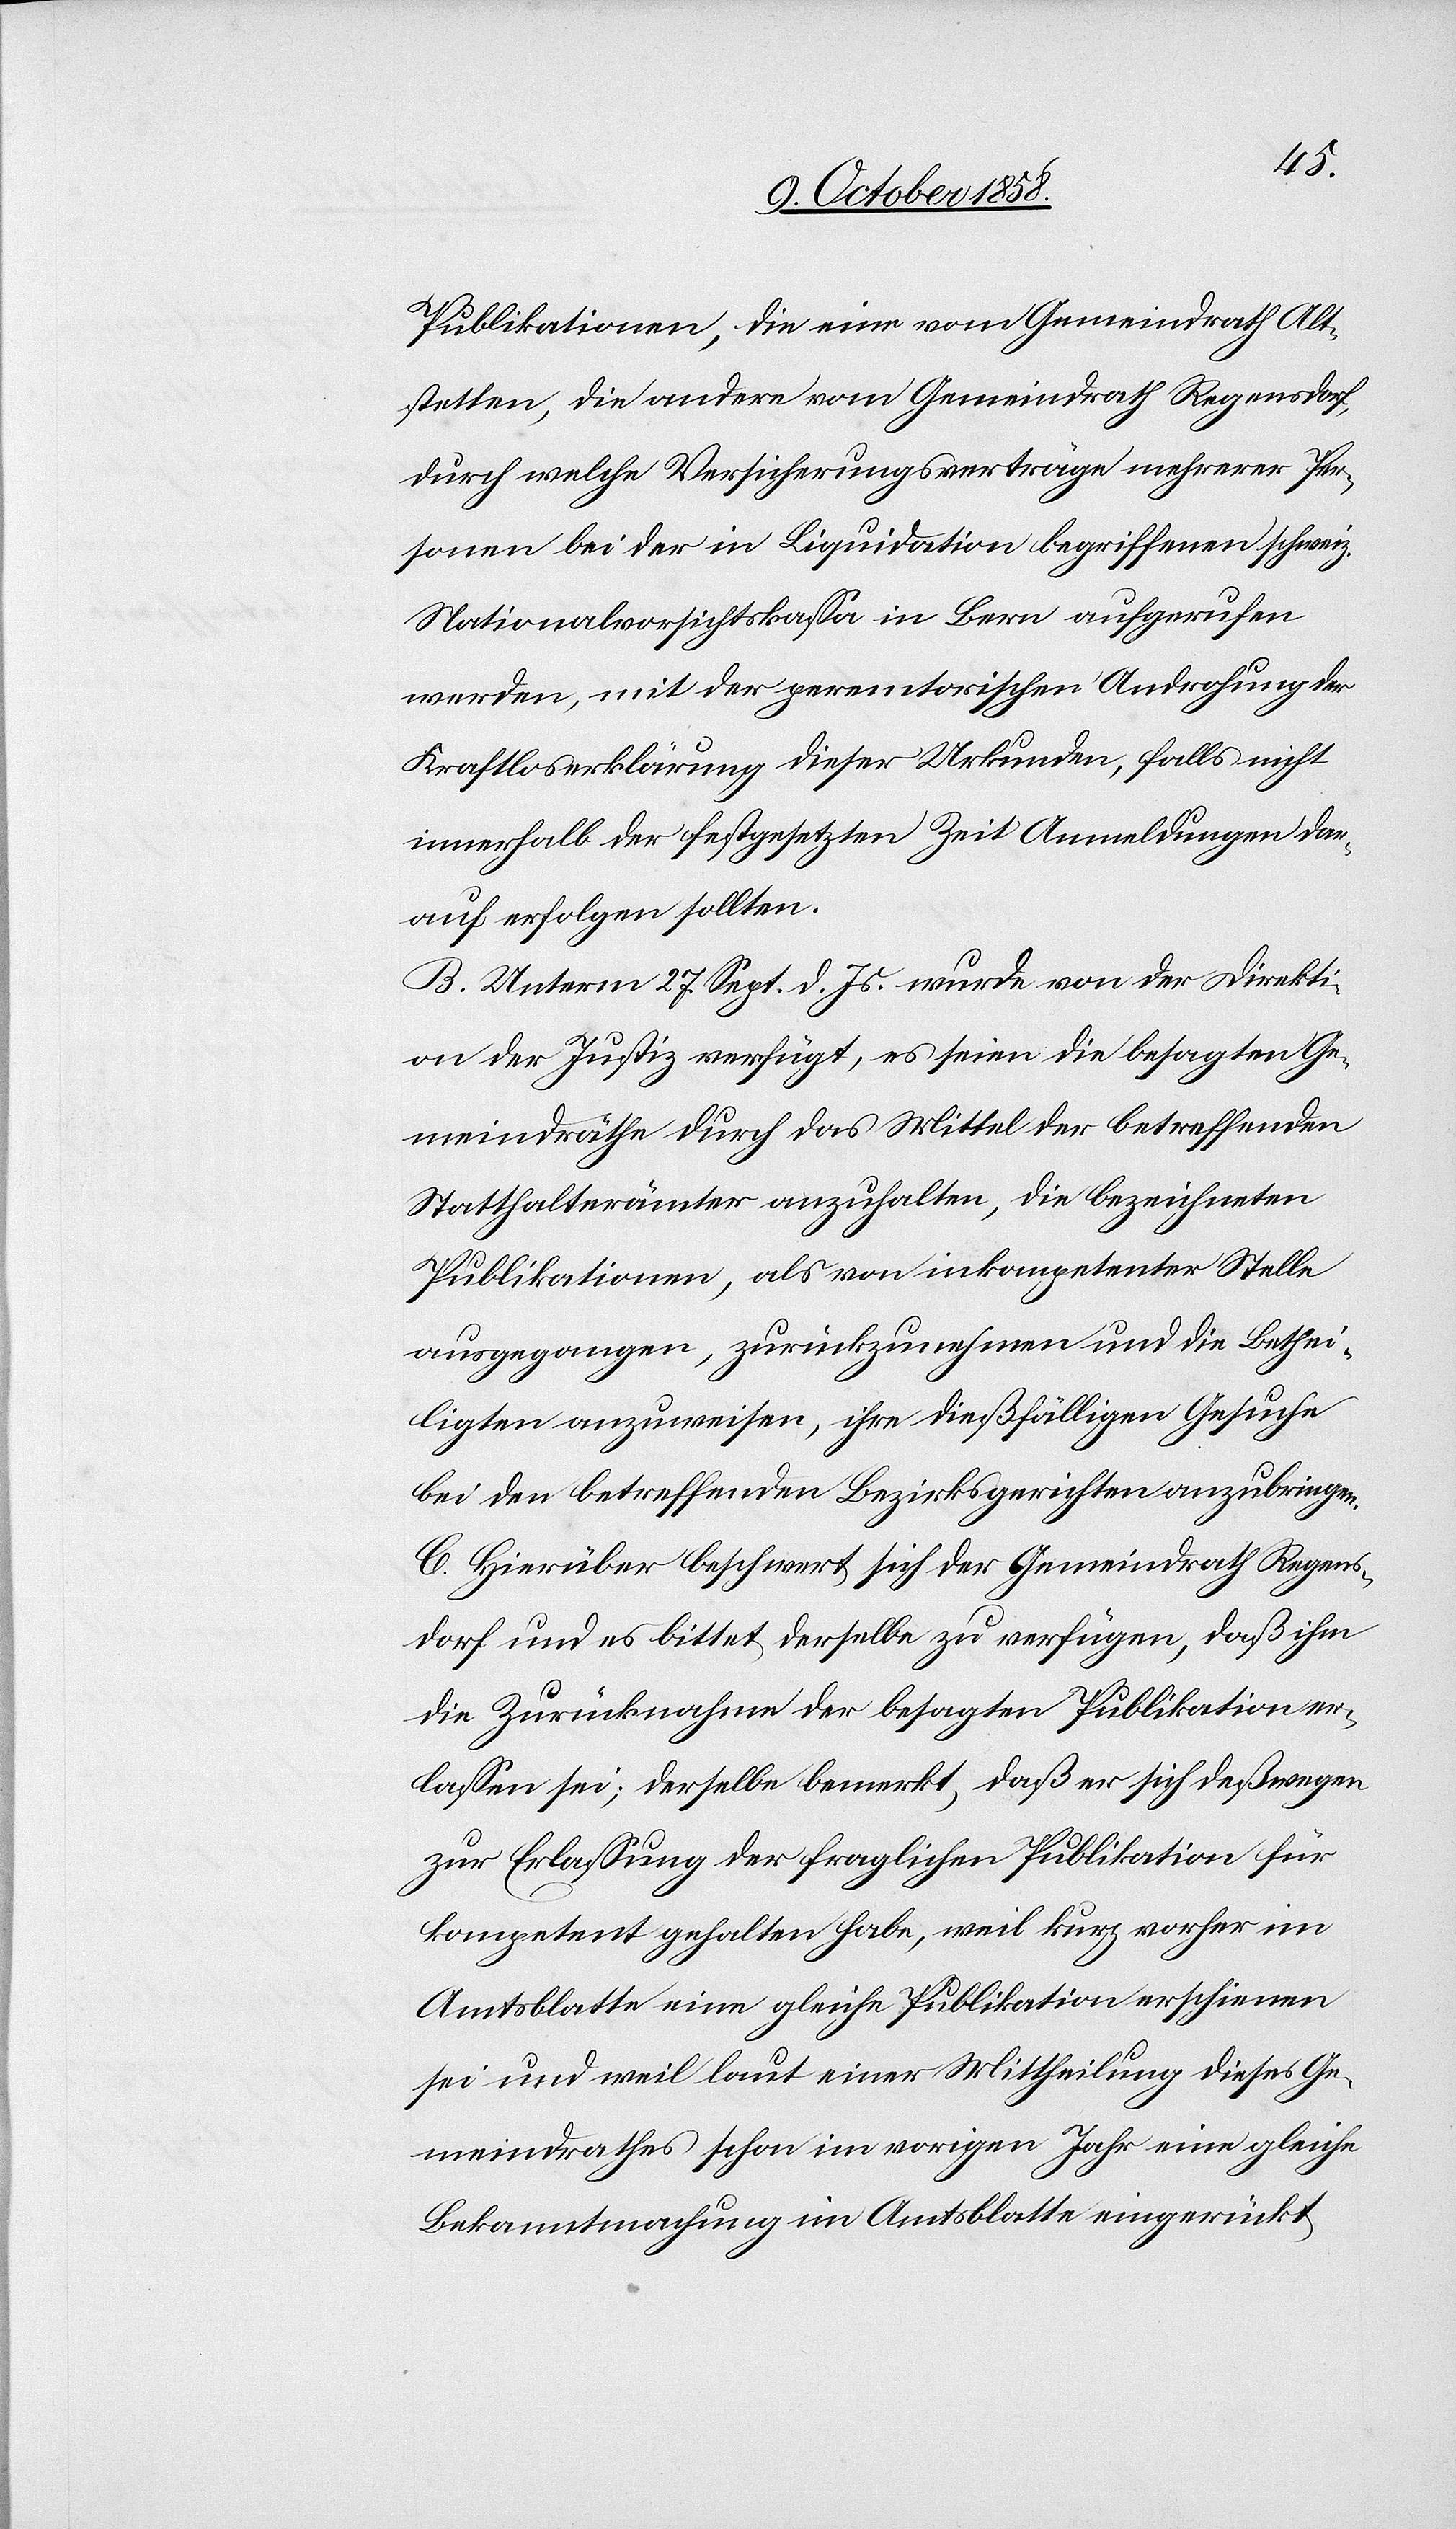
Publikationen, die eine vom Gemeindrath Alt¬
stetten, die andere vom Gemeindrath Regensdorf,
durch welche Versicherungsverträge mehrerer Per¬
sonen bei der in Liquidation begriffenen schweiz.
Nationalvorsichtskassa in Bern aufgerufen
werden, mit der peremtorischen Androhung der
Kraftloserklärung dieser Urkunden, falls nicht
innerhalb der festgesetzten Zeit Anmeldungen dar¬
auf erfolgen sollten.
B. Unterm 27. Sept. d. Js. wurde von der Direkti¬
on der Justiz verfügt, es seien die besagten Ge¬
meindräthe durch das Mittel der betreffenden
Statthalterämter anzuhalten, die bezeichneten
Publikationen, als von inkompetenter Stelle
ausgegangen, zurückzunehmen und die Bethei¬
ligten anzuweisen, ihre dießfälligen Gesuche
bei den betreffenden Bezirksgerichten anzubringen.
C. Hierüber beschwert sich der Gemeindrath Regens¬
dorf und es bittet derselbe zu verfügen, daß ihm
die Zurücknahme der besagten Publikation er¬
lassen sei; derselbe bemerkt, daß er sich deßwegen
zur Erlassung der fraglichen Publikation für
kompetent gehalten habe, weil kurz vorher im
Amtsblatte eine gleiche Publikation erschienen
sei und weil laut einer Mittheilung dieses Ge¬
meindrathes schon im vorigen Jahr eine gleiche
Bekanntmachung im Amtsblatte eingerückt